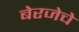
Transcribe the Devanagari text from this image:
बेरजेचे